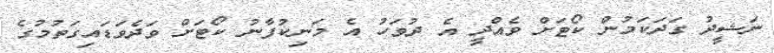
ނަޝީދު ގަދަކަމުން ކޯޓަށް ވެއްދީ އެ ދުވަހު އެ މަނިކުފާނު ކޯޓަށް ވަދެވަޑައިގަތުމުގެ